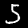
Label: 5